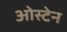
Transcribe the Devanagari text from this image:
ओस्टेन